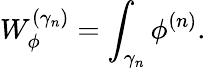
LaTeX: W_{\phi}^{(\gamma_{n})}=\int_{\gamma_{n}}\phi^{(n)}.